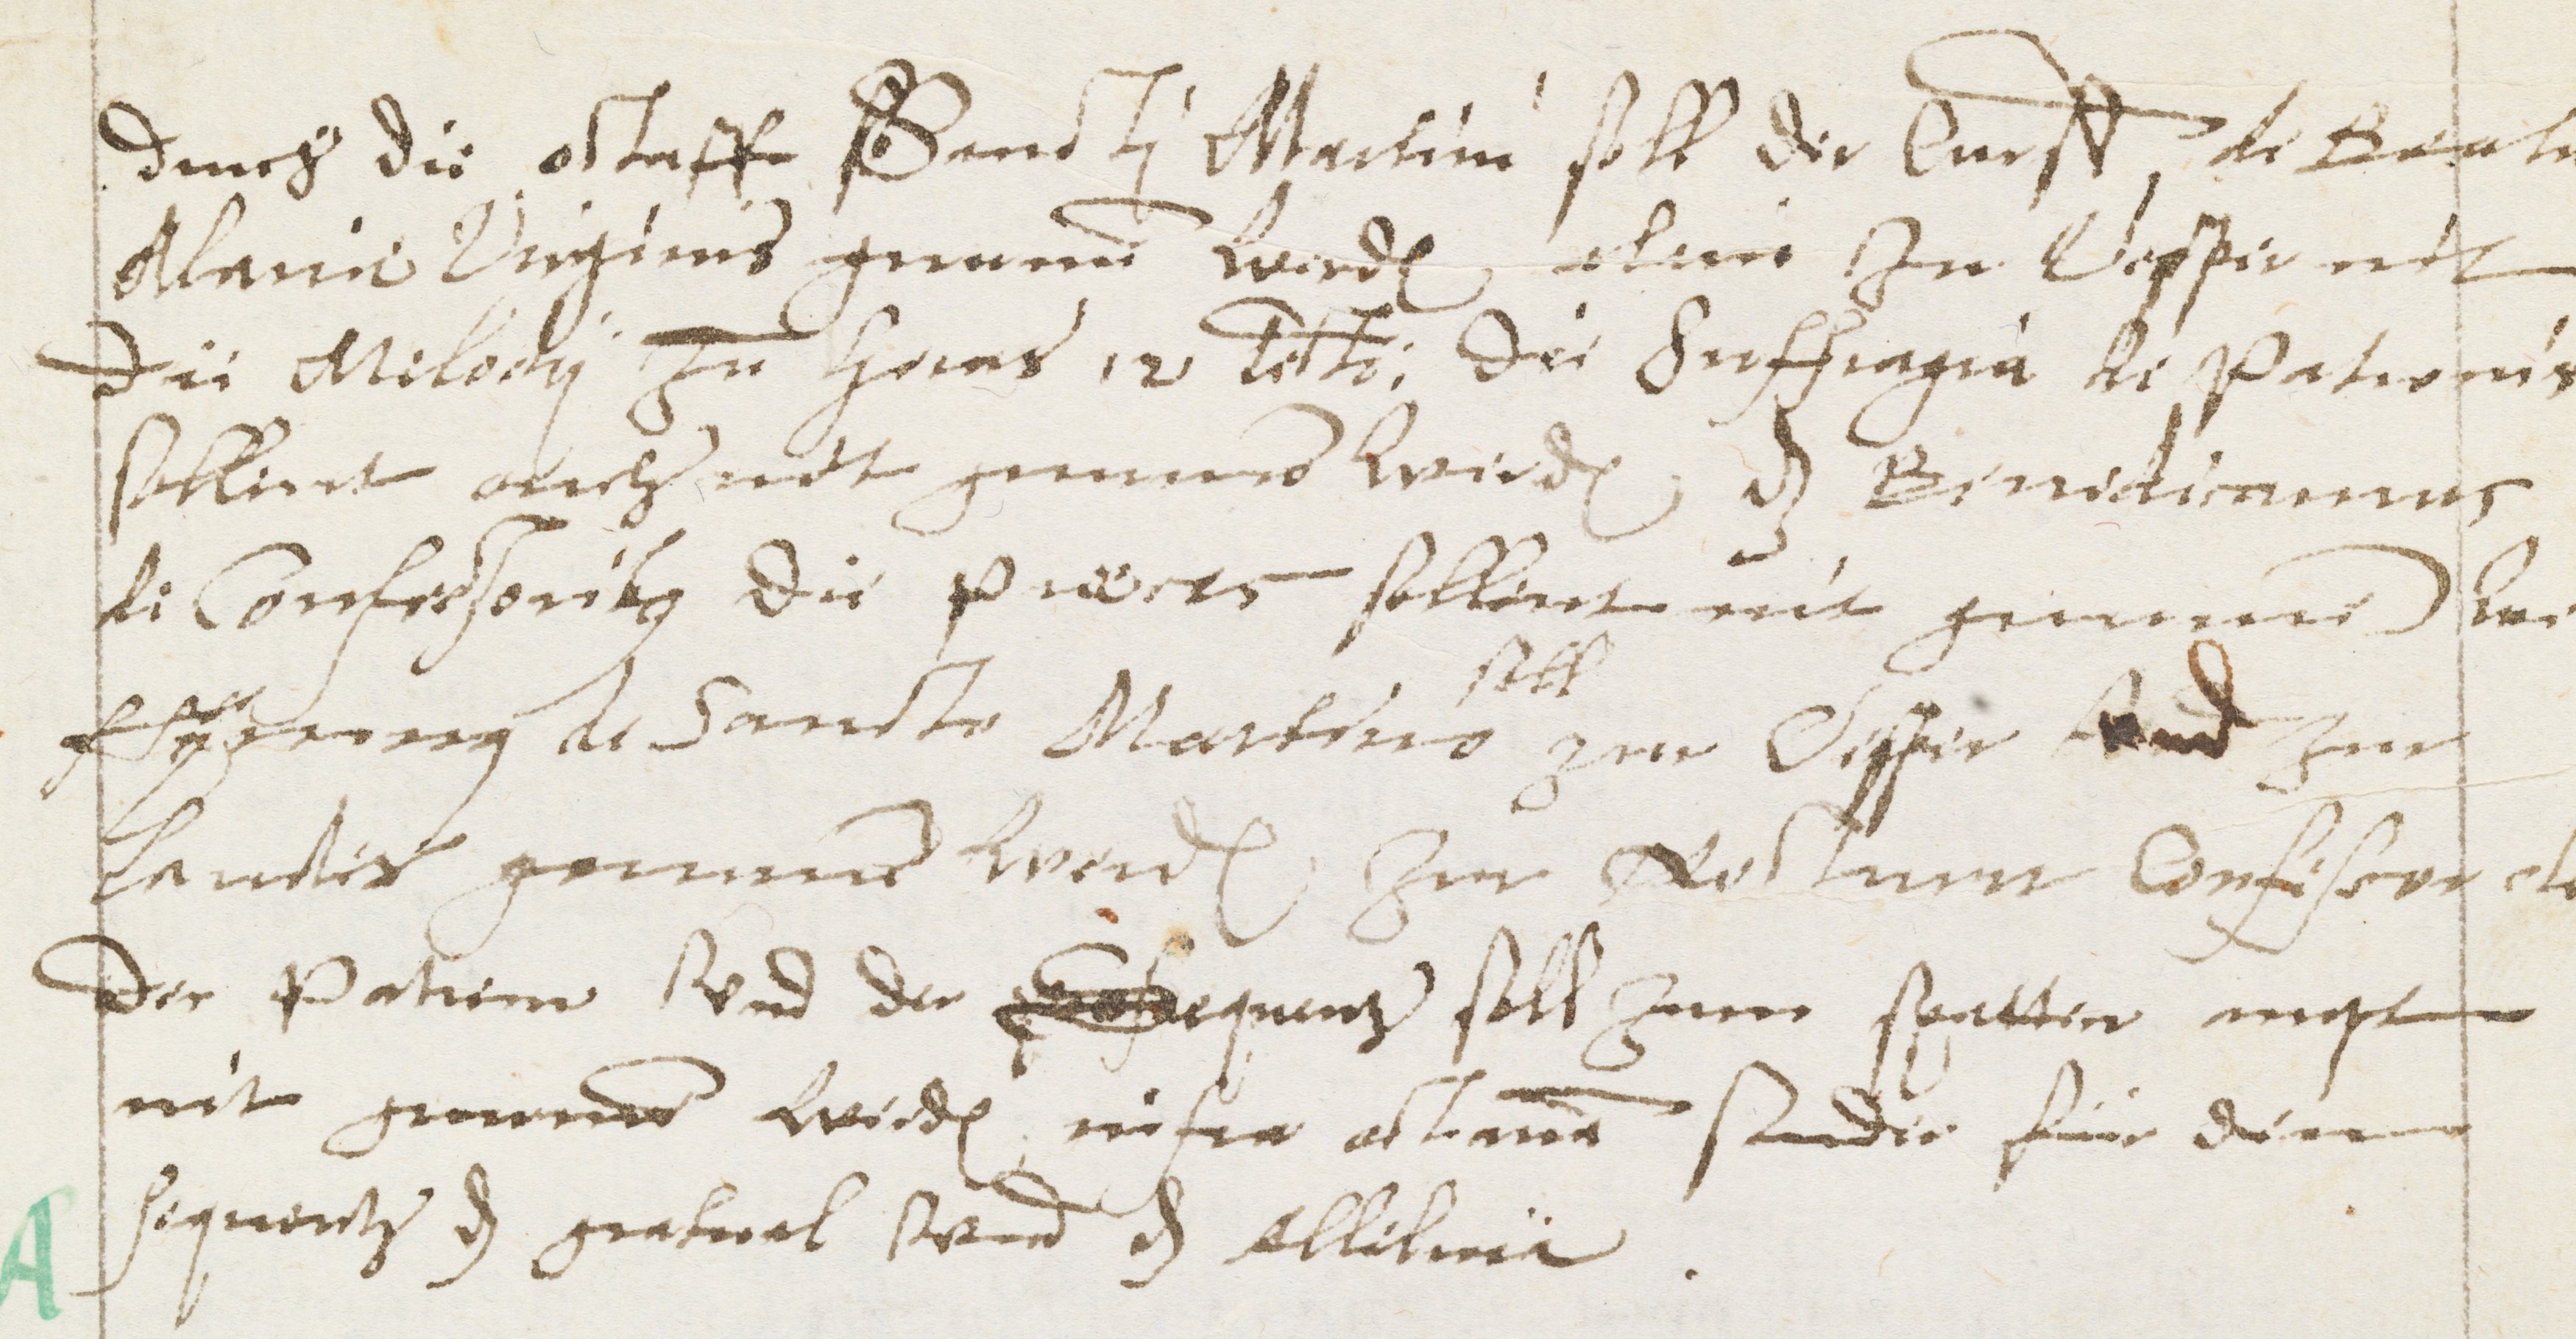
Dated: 1583–1583